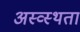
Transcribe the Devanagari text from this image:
अस्व्स्थता